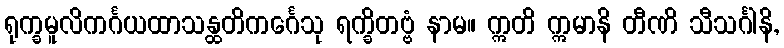
ရုက္ခမူလိကင်္ဂယထာသန္ထတိကင်္ဂေသု ရက္ခိတဗ္ဗံ နာမ။ ဣတိ ဣမာနိ တီဏိ သီသင်္ဂါနိ,